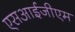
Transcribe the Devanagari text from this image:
एसआईजीएम